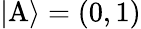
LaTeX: |\mathrm{A}\rangle=(0,1)